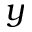
\boldsymbol { y }